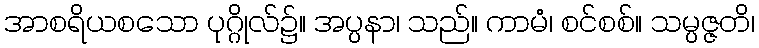
အာစရိယစသော ပုဂ္ဂိုလ်၌။ အပ္ပနာ၊ သည်။ ကာမံ၊ စင်စစ်။ သမ္ပဇ္ဇတိ၊